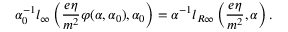
\alpha _ { 0 } ^ { - 1 } l _ { \infty } \left( \frac { e \eta } { m ^ { 2 } } \varphi ( \alpha , \alpha _ { 0 } ) , \alpha _ { 0 } \right) = \alpha ^ { - 1 } l _ { R \infty } \left( \frac { e \eta } { m ^ { 2 } } , \alpha \right) .